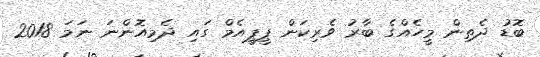
ބޮޑު ދެތިން މީހެއްގެ ބާރު ވެރިކަން ޕީޕީއެމް ގައި ދެމިއޮންނަ ނަމަ 2018